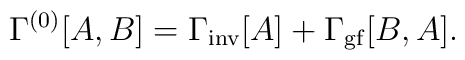
\Gamma^{(0)}[A,B]=\Gamma_\mathrm{inv}[A]+\Gamma_\mathrm{gf}[B,A].